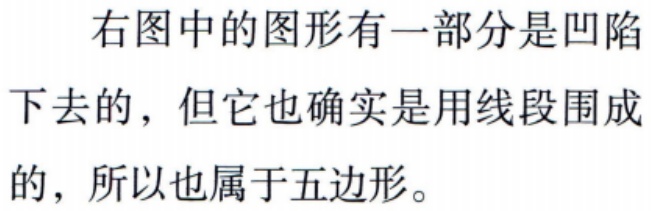
右图中的图形有一部分是凹陷下去的，但它也确实是用线段围成的，所以也属于五边形。